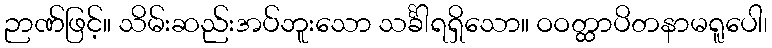
ဉာဏ်ဖြင့်။ သိမ်းဆည်းအပ်ဘူးသော သင်္ခါရရှိသော။ ဝဝတ္ထာပိတနာမရူပေါ၊